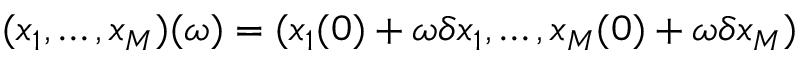
( x _ { 1 } , \ldots , x _ { M } ) ( \omega ) = ( x _ { 1 } ( 0 ) + \omega \delta x _ { 1 } , \ldots , x _ { M } ( 0 ) + \omega \delta x _ { M } )